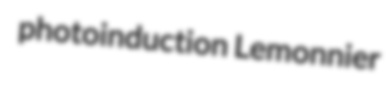
photoinduction Lemonnier